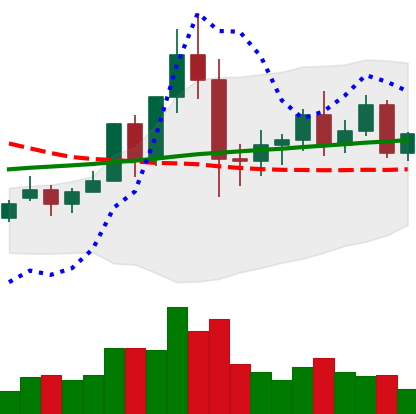
Ticker: NEO-USD
Chart end date: 2020-12-05
Forward return: -9.316%
Label: down_7plus